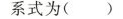
系式为()A